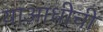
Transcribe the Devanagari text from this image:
याआधीची